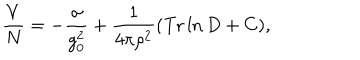
LaTeX: \frac { V } { N } = - \frac { \sigma } { g _ { 0 } ^ { 2 } } + \frac { 1 } { 4 \pi \rho ^ { 2 } } ( \mathrm { T r } \ln D + C ) ,